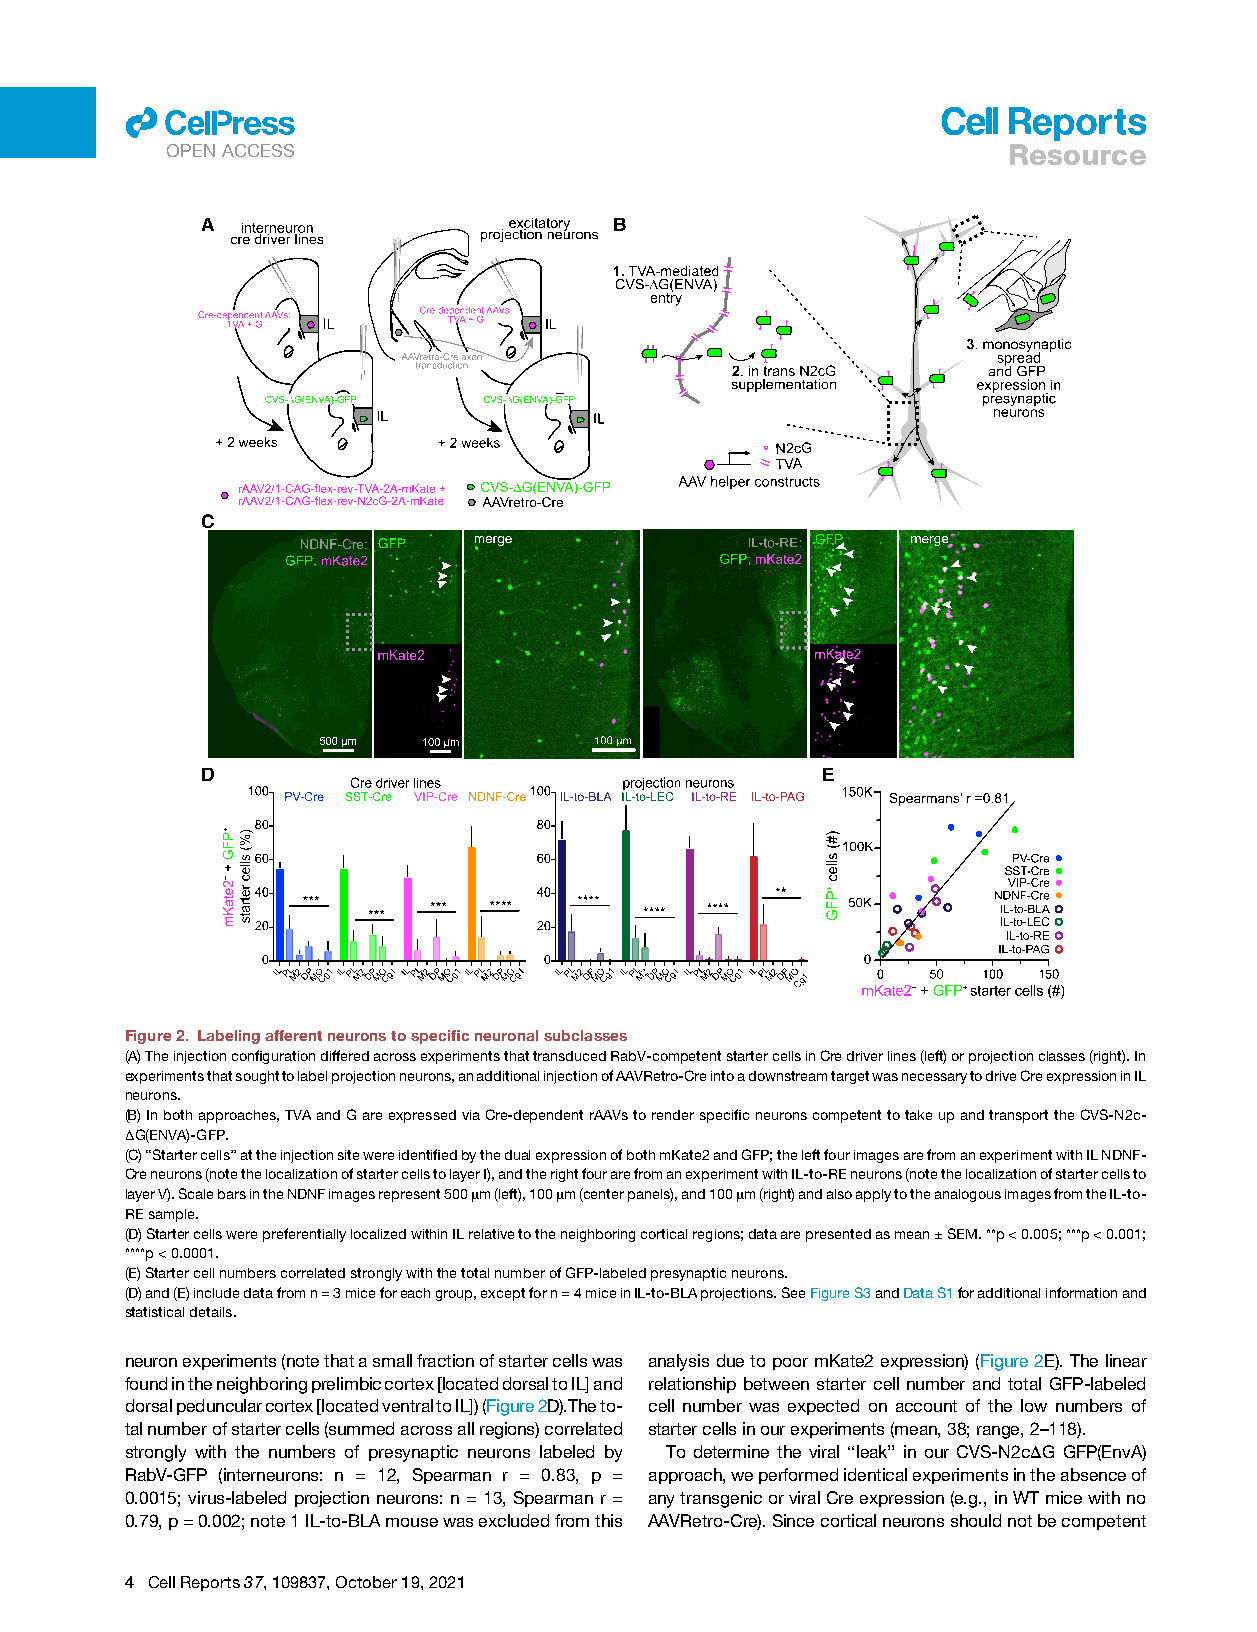
ll
 Resource
 OPENACCESS
 A                           B
 C
 D                                        E
 Figure2. Labelingafferentneuronstospecificneuronalsubclasses
 (A)TheinjectionconfigurationdifferedacrossexperimentsthattransducedRabV-competentstartercellsinCredriverlines(left)orprojectionclasses(right).In
 experimentsthatsoughttolabelprojectionneurons,anadditionalinjectionofAAVRetro-CreintoadownstreamtargetwasnecessarytodriveCreexpressioninIL
 neurons.
 (B)Inbothapproaches,TVAandGareexpressedviaCre-dependentrAAVstorenderspecificneuronscompetenttotakeupandtransporttheCVS-N2c-
 DG(ENVA)-GFP.
 (C)‘‘Startercells’’attheinjectionsitewereidentifiedbythedualexpressionofbothmKate2andGFP;theleftfourimagesarefromanexperimentwithILNDNF-
 Creneurons(notethelocalizationofstartercellstolayerI),andtherightfourarefromanexperimentwithIL-to-REneurons(notethelocalizationofstartercellsto
 layerV).ScalebarsintheNDNFimagesrepresent500mm(left),100mm(centerpanels),and100mm(right)andalsoapplytotheanalogousimagesfromtheIL-to-
 REsample.
 (D)StartercellswerepreferentiallylocalizedwithinILrelativetotheneighboringcorticalregions;dataarepresentedasmean±SEM.**p<0.005;***p<0.001;
 ****p<0.0001.
 (E)StartercellnumberscorrelatedstronglywiththetotalnumberofGFP-labeledpresynapticneurons.
 (D)and(E)includedatafromn=3miceforeachgroup,exceptforn=4miceinIL-to-BLAprojections.SeeFigureS3andDataS1foradditionalinformationand
 statisticaldetails.
 neuronexperiments(notethatasmallfractionofstartercellswas analysisduetopoormKate2expression)(Figure2E).Thelinear
 foundintheneighboringprelimbiccortex[locateddorsaltoIL]and relationship between starter cell number and total GFP-labeled
 dorsalpeduncularcortex[locatedventraltoIL])(Figure2D).Theto- cell number was expected on account of the low numbers of
 talnumberofstartercells(summedacrossallregions)correlated startercellsinourexperiments(mean,38;range,2–118).
 strongly with the numbers of presynaptic neurons labeled by To determine the viral ‘‘leak’’ in our CVS-N2cDG GFP(EnvA)
 RabV-GFP (interneurons: n = 12, Spearman r = 0.83, p = approach,weperformedidenticalexperimentsintheabsenceof
 0.0015;virus-labeled projectionneurons:n =13, Spearmanr= anytransgenicorviralCreexpression(e.g.,inWTmicewithno
 0.79,p=0.002;note1IL-to-BLAmousewasexcludedfromthis AAVRetro-Cre).Sincecorticalneuronsshouldnotbecompetent
 4 CellReports37,109837,October19,2021